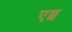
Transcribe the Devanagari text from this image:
एब्ब